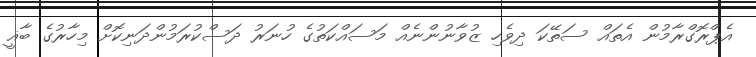
އެޕްރޮގްރާމުން އެތައް ސަތޭކަ ދިވެހި ޒުވާނުންނެއް މަސައްކަތުގެ ހުނަރު ދަސްކުރަމުންދަނިކޮށް މިހާރުގެ ބާޣީ